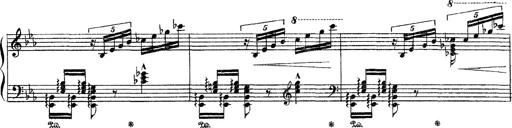
Title: Apparitions
Composer: Franz Liszt